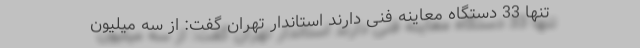
تنها 33 دستگاه معاینه فنی دارند استاندار تهران گفت: از سه میلیون